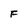
Character: F